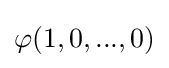
\varphi (1,0,...,0)